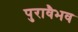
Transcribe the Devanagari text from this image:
पुरावैभव